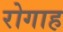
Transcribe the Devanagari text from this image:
रोगाह